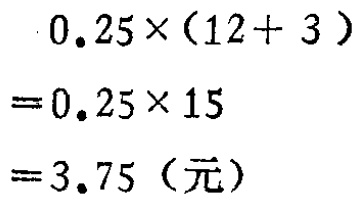
\[
\begin{align*}
&0.25\times(12 + 3)\\
=&0.25\times15\\
=&3.75\ (\text{元})
\end{align*}
\]